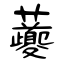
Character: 虁